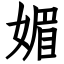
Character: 媚